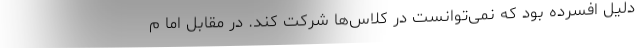
دلیل افسرده بود که نمی‌توانست در کلاس‌ها شرکت کند. در مقابل اما م